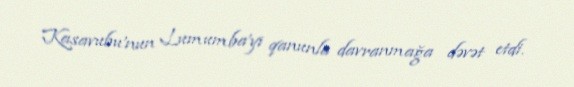
Kasavubu'nun Lumumba'yı qanunla davranmağa dəvət etdi.